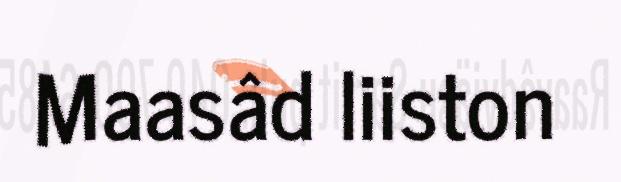
Maasâd liiston